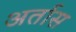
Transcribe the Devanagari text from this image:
अर्तास